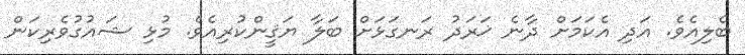
ބެލިއެވެ. އަދި އެކަމަށް ދާނެ ޚަރަދު ރަނގަޅަށް ބަލާ ޔަޤީންކުރިއެވެ. މުޅި ޝައުގުވެރިކަން